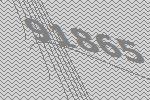
91865